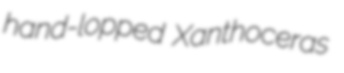
hand-lopped Xanthoceras